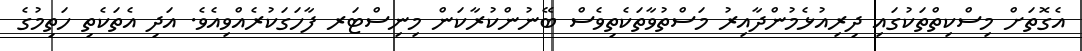
އެގޮތަށް މިސްކިތްތަކުގައި ދިރިއުޅެމުންދާއިރު މަސްތުވާތަކެތިވެސް ބޭނުންކުރާކަން މިނިސްޓަރ ފާހަގަކުރެއްވިއެވެ. އަދި އެތަކެތި ހަތިމުގެ